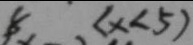
8 ( x < 5 )